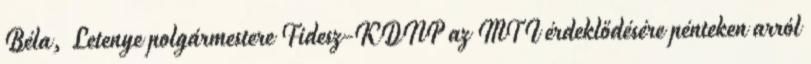
Béla, Letenye polgármestere Fidesz-KDNP az MTI érdeklődésére pénteken arról